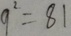
9 ^ { 2 } = 8 1